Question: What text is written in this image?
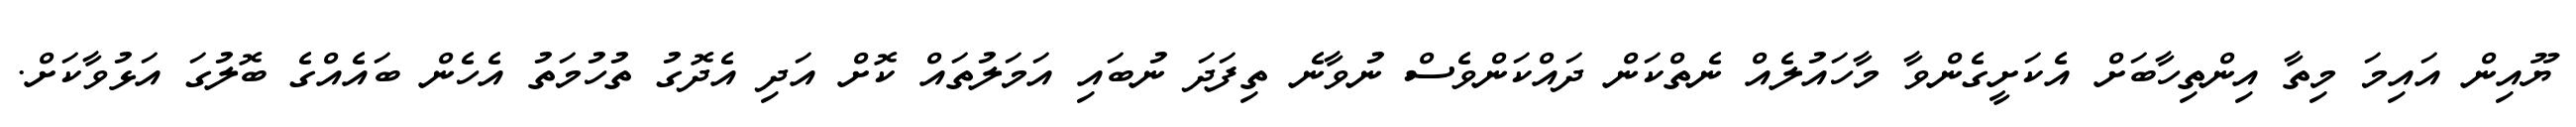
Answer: ޔޫއިން އައިމަ މިތާ އިންތިހާބަށް އެކަށީގެންވާ މާހައުލެއް ނެތްކަން ދައްކަންވެސް ނުވާނެ ތިފަދަ ނުބައި އަމަލުތައް ކޮށް އަދި އެދޮގު ތުހުމަތު އެހެން ބައެއްގެ ބޮލުގަ އަޅުވާކަށް.